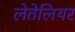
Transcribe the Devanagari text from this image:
लेतेलियर